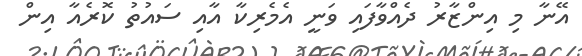
އޭނާ މި އިންޒާރު ދެއްވާފައި ވަނީ އެމެރިކާ އާއި ސައުތު ކޮރެއާ އިން